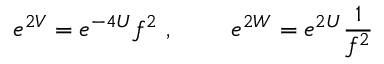
e ^ { 2 V } = e ^ { - 4 U } f ^ { 2 } \ , \ \qquad e ^ { 2 W } = e ^ { 2 U } \frac { 1 } { f ^ { 2 } }